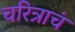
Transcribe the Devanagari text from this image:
चरित्राचं